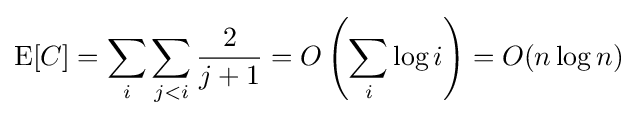
\operatorname {E} [C]=\sum _{i}\sum _{j<i}{\frac {2}{j+1}}=O\left(\sum _{i}\log i\right)=O(n\log n)